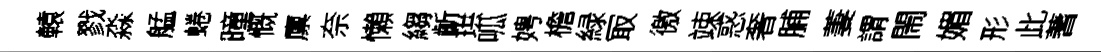
轅戮淼艋蜷曈慨廪奈懶縐齗珙呱娉檐緑冣徼竦惑奢脯萋謂閙媚形此蓍